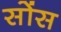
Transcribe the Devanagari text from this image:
सोंस